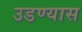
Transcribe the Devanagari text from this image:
उडण्यास